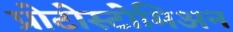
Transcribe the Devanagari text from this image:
प्रोटोस्टोमिअन